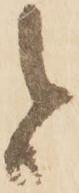
と